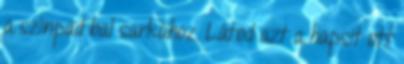
a színpad bal sarkához. Látod azt a hapsit ott